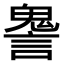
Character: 𧫏